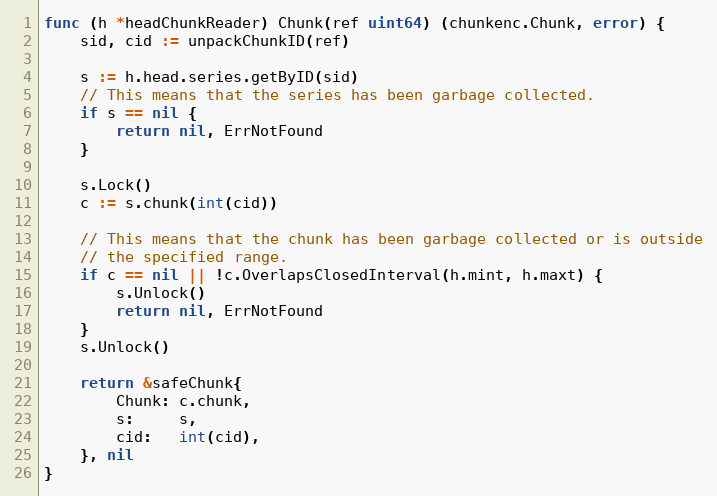
Language: Go
func (h *headChunkReader) Chunk(ref uint64) (chunkenc.Chunk, error) {
	sid, cid := unpackChunkID(ref)

	s := h.head.series.getByID(sid)
	// This means that the series has been garbage collected.
	if s == nil {
		return nil, ErrNotFound
	}

	s.Lock()
	c := s.chunk(int(cid))

	// This means that the chunk has been garbage collected or is outside
	// the specified range.
	if c == nil || !c.OverlapsClosedInterval(h.mint, h.maxt) {
		s.Unlock()
		return nil, ErrNotFound
	}
	s.Unlock()

	return &safeChunk{
		Chunk: c.chunk,
		s:     s,
		cid:   int(cid),
	}, nil
}